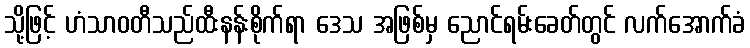
သို့ဖြင့် ဟံသာဝတီသည်ထီးနန်းစိုက်ရာ ဒေသ အဖြစ်မှ ညောင်ရမ်းခေတ်တွင် လက်အောက်ခံ